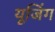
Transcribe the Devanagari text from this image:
यूजिंग